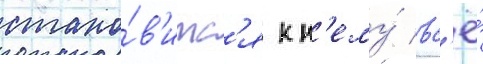
стано́в'итс'я к н'ему́ вс'ё́